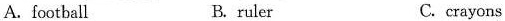
A. football B. ruler C.crayons